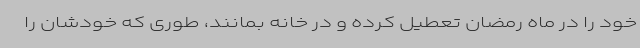
خود را در ماه رمضان تعطیل کرده و در خانه بمانند، طوری که خودشان را